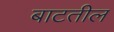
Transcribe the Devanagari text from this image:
बाटतील